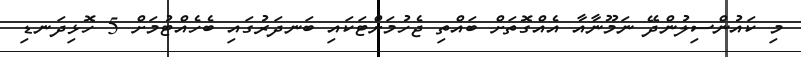
މި ކައުންސިލުންދޭ ނަމޫނާއާ އެއްގޮތަށް ބައްތި ޖެހުމަށްޓަކައި ބަނދަރުގައި ބެހެއްޓުމަށް 5 ހޮޅިދަނޑި